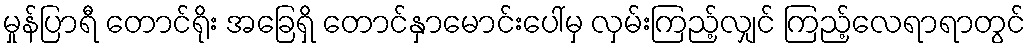
မှုန်ပြာရီ တောင်ရိုး အခြေရှိ တောင်နှာမောင်းပေါ်မှ လှမ်းကြည့်လျှင် ကြည့်လေရာရာတွင်